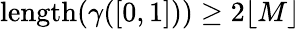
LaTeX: \mathrm{length}(\gamma([0,1]))\ge 2\lfloor M\rfloor